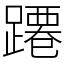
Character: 蹮